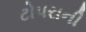
ટોપરાની